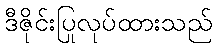
ဒီဇိုင်းပြုလုပ်ထားသည်